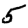
Digit: 5